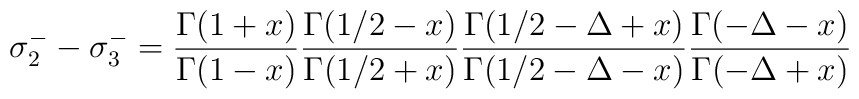
\sigma_2^--\sigma_3^-= {\Gamma(1+x)\over \Gamma(1-x)}{\Gamma(1/2-x)\over \Gamma(1/2+x)}{\Gamma(1/2-\Delta+x)\over \Gamma(1/2-\Delta-x)}{\Gamma(-\Delta-x)\over \Gamma(-\Delta+x)}